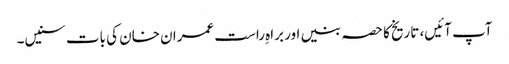
آپ آئیں، تاریخ کا حصہ بنیں اور براہِ راست عمران خان کی بات سنیں۔